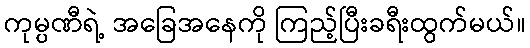
ကုမ္ပဏီရဲ့ အခြေအနေကို ကြည့်ပြီးခရီးထွက်မယ်။